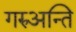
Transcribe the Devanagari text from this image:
गरुअन्ति